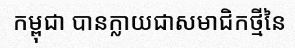
កម្ពុជា បានក្លាយជាសមាជិកថ្មីនៃ